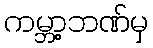
ကမ္ဘာ့ဘဏ်မှ